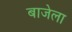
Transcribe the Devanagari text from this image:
बाजेला